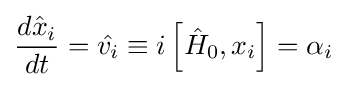
{\frac {d{\hat {x}}_{i}}{dt}}={\hat {v_{i}}}\equiv i\left[{\hat {H}}_{0},x_{i}\right]=\alpha _{i}